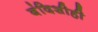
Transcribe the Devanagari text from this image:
बंदिशीही